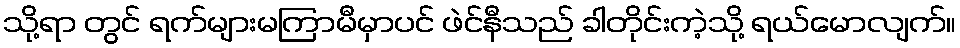
သို့ရာ တွင် ရက်များမကြာမီမှာပင် ဖဲင်နီသည် ခါတိုင်းကဲ့သို့ ရယ်မောလျက်။